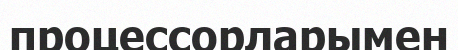
процессорларымен